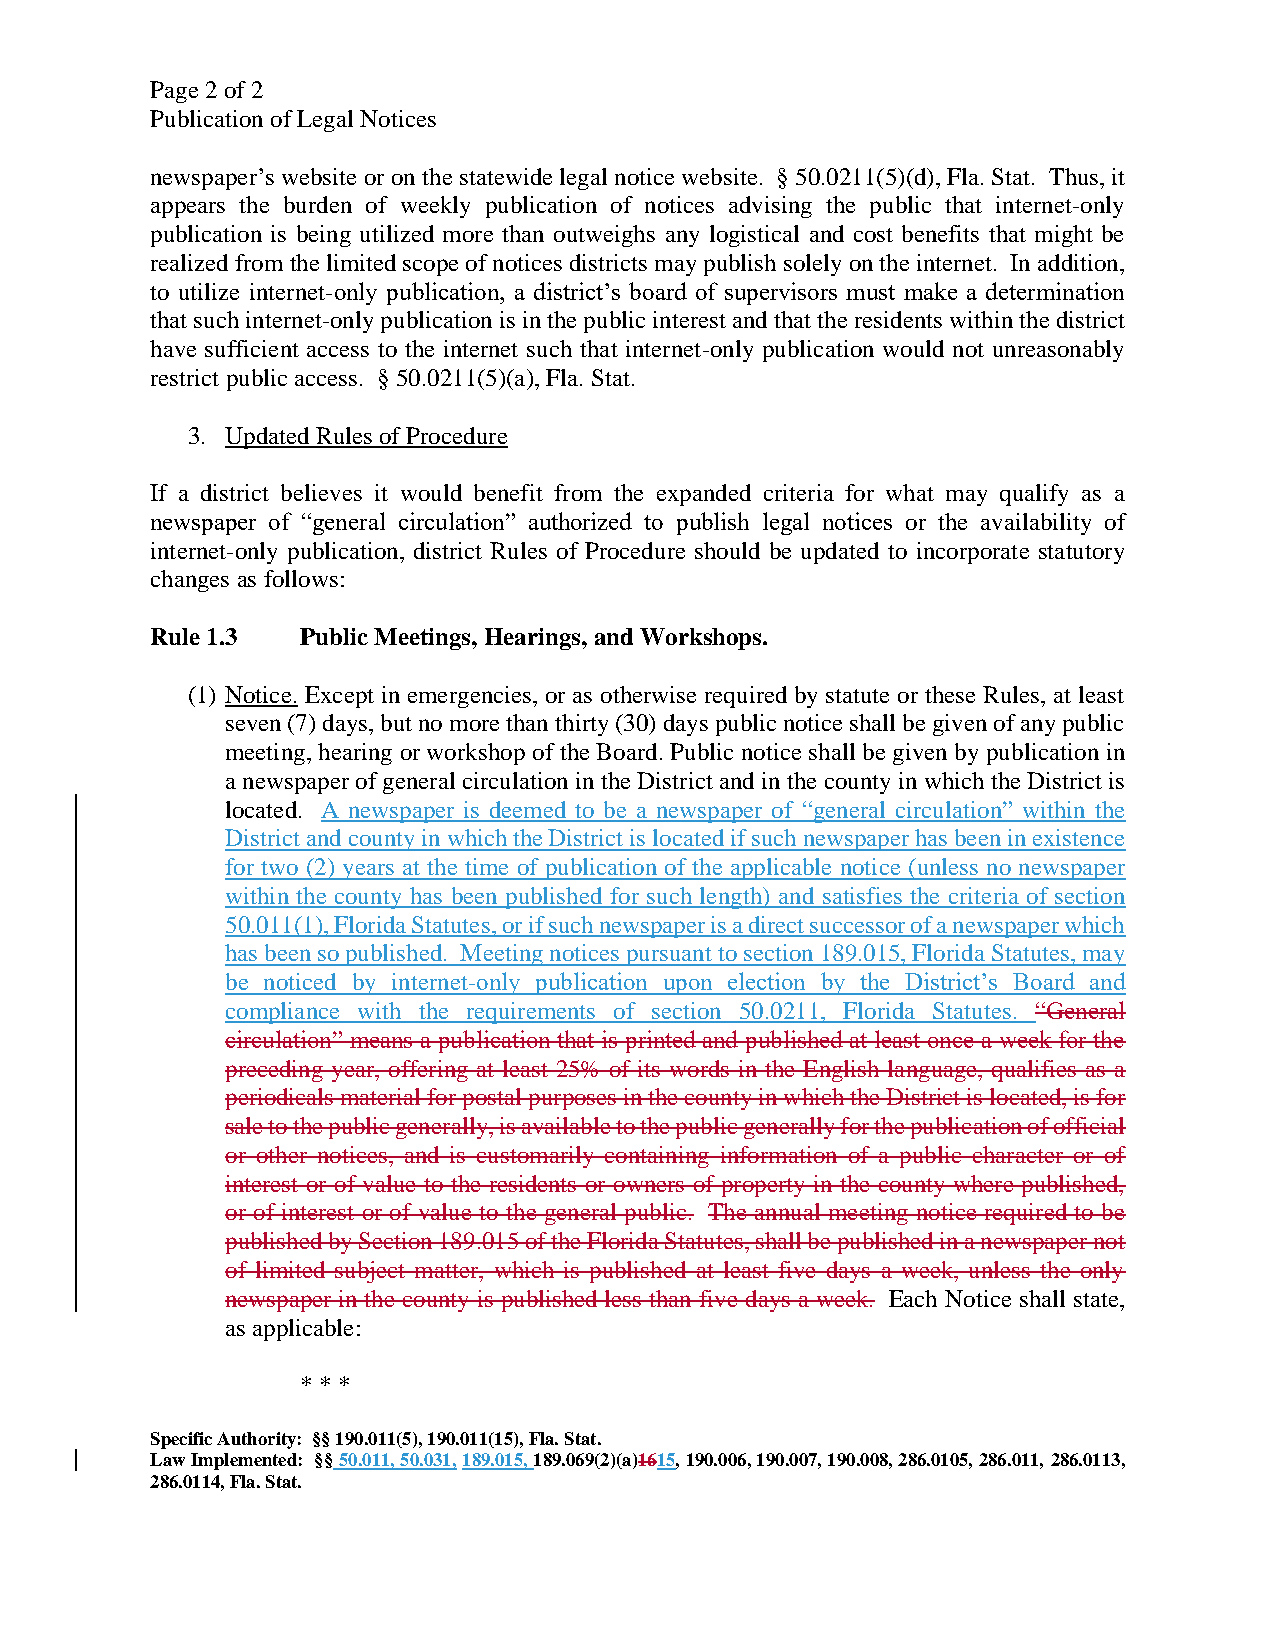
Page 2 of 2
 Publication of Legal Notices
 newspaper’s website or on the statewide legal notice website. § 50.0211(5)(d), Fla. Stat. Thus, it
 appears the burden of weekly publication of notices advising the public that internet-only
 publication is being utilized more than outweighs any logistical and cost benefits that might be
 realized from the limited scope of notices districts may publish solely on the internet. In addition,
 to utilize internet-only publication, a district’s board of supervisors must make a determination
 that such internet-only publication is in the public interest and that the residents within the district
 have sufficient access to the internet such that internet-only publication would not unreasonably
 restrict public access. § 50.0211(5)(a), Fla. Stat.
 3. Updated Rules of Procedure
 If a district believes it would benefit from the expanded criteria for what may qualify as a
 newspaper of “general circulation” authorized to publish legal notices or the availability of
 internet-only publication, district Rules of Procedure should be updated to incorporate statutory
 changes as follows:
 Rule 1.3  Public Meetings, Hearings, and Workshops.
 (1) Notice. Except in emergencies, or as otherwise required by statute or these Rules, at least
 seven (7) days, but no more than thirty (30) days public notice shall be given of any public
 meeting, hearing or workshop of the Board. Public notice shall be given by publication in
 a newspaper of general circulation in the District and in the county in which the District is
 located. A newspaper is deemed to be a newspaper of “general circulation” within the
 District and county in which the District is located if such newspaper has been in existence
 for two (2) years at the time of publication of the applicable notice (unless no newspaper
 within the county has been published for such length) and satisfies the criteria of section
 50.011(1), Florida Statutes, or if such newspaper is a direct successor of a newspaper which
 has been so published. Meeting notices pursuant to section 189.015, Florida Statutes, may
 be noticed by internet-only publication upon election by the District’s Board and
 compliance with the requirements of section 50.0211, Florida Statutes. “General
 circulation” means a publication that is printed and published at least once a week for the
 preceding year, offering at least 25% of its words in the English language, qualifies as a
 periodicals material for postal purposes in the county in which the District is located, is for
 sale to the public generally, is available to the public generally for the publication of official
 or other notices, and is customarily containing information of a public character or of
 interest or of value to the residents or owners of property in the county where published,
 or of interest or of value to the general public. The annual meeting notice required to be
 published by Section 189.015 of the Florida Statutes, shall be published in a newspaper not
 of limited subject matter, which is published at least five days a week, unless the only
 newspaper in the county is published less than five days a week. Each Notice shall state,
 as applicable:
 * * *
 Specific Authority: §§ 190.011(5), 190.011(15), Fla. Stat.
 Law Implemented: §§ 50.011, 50.031, 189.015, 189.069(2)(a)1615, 190.006, 190.007, 190.008, 286.0105, 286.011, 286.0113,
 286.0114, Fla. Stat.